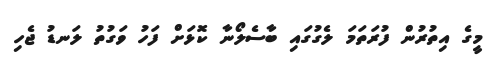
މީގެ އިތުރުން ފުރަތަމަ ލެގުގައި ބާސެލޯނާ ކޮޅަށް ފަހު ވަގުތު ލަނޑު ޖެހި